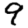
Digit: 9